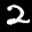
Label: 2